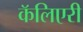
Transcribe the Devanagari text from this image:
कॅलिएरी